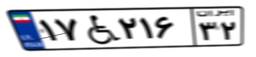
۱۷W۲۱۶۳۲